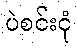
ပဲစင်းငုံ